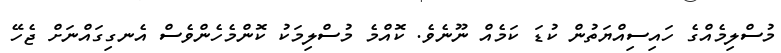
މުސްލިމެއްގެ ހައިސިއްޔަތުން ކުޑަ ކަމެއް ނޫނެވެ. ކޮއްމެ މުސްލިމަކު ކޮންމެހެންވެސް އެނގިގައްނަށް ޖެހޭ